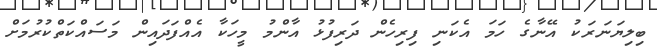
ބިލިޔަނަރަކު އޭނާގެ ހަމަ އެކަނި ފިރިހެން ދަރިފުޅު އާންމު މީހަކާ އެއްފަދައިން މަސައްކަތްކުރުމަށް